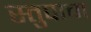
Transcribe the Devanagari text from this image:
स्तुपाचा